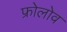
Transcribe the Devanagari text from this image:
फ्रोलोव